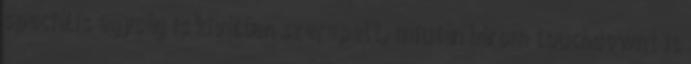
speciális egység is kiválóan szerepelt, miután három touchdownt is